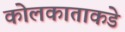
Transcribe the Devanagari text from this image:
कोलकाताकडे